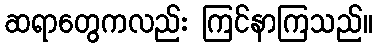
ဆရာတွေကလည်း ကြင်နာကြသည်။